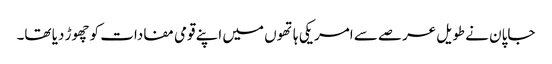
جاپان نے طویل عرصے سے امریکی ہاتھوں میں اپنے قومی مفادات کو چھوڑ دیا تھا۔